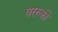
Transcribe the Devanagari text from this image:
वररुकी